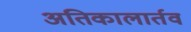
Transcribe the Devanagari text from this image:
अतिकालार्तव